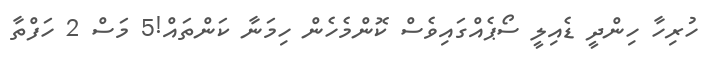
ހުރިހާ ހިންދީ ޑެއިލީ ސޯޕެއްގައިވެސް ކޮންމެހެން ހިމަނާ ކަންތައް!5 މަސް 2 ހަފްތާ